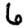
Digit: 6